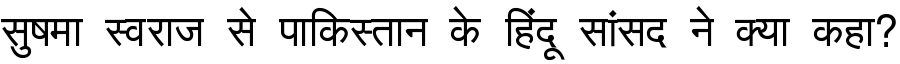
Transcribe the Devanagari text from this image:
सुषमा स्वराज से पाकिस्तान के हिंदू सांसद ने क्या कहा?